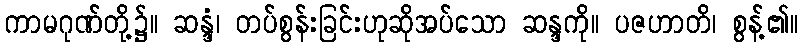
ကာမဂုဏ်တို့၌။ ဆန္ဒံ၊ တပ်စွန်းခြင်းဟုဆိုအပ်သော ဆန္ဒကို။ ပဇဟာတိ၊ စွန့်၏။